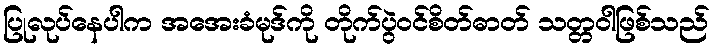
ပြုလုပ်နေပါက အအေးခံမုဒ်ကို တိုက်ပွဲဝင်စိတ်ဓာတ် သတ္တဝါဖြစ်သည်